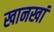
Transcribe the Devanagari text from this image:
खानखां